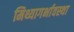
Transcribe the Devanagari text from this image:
मिथ्यागर्भावस्था